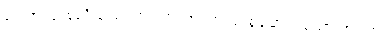
၅။ အလုံးစုံညိုသော အဝတ်၊ ၆။ အလုံးစုံမောင်းသော အဝတ်၊